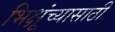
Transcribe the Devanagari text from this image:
भिक्षूंच्यासाठी